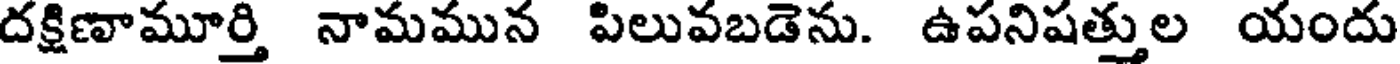
దక్షిణామూర్తి నామమున పిలువబడెను. ఉపనిషత్తుల యందు